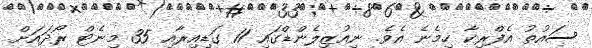
ސައުތު އެފްރިކާ ހިމެނެ އެވެ. ނިއުޒިލެންޑްގައި 11 ގަޑިއިރާއި 35 މިނެޓް ރޯދައަށް